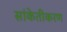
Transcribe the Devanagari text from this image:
सांकेतीकरण